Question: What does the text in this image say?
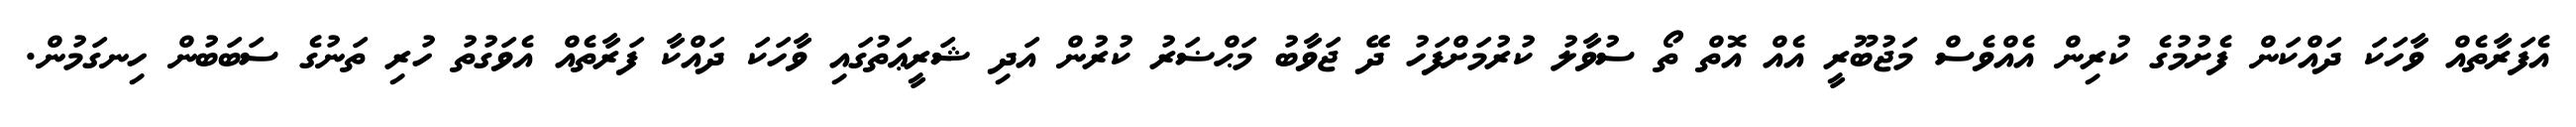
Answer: އެފަރާތެއް ވާހަކަ ދައްކަން ފެށުމުގެ ކުރިން އެއްވެސް މަޖުބޫރީ އެއް އޮތް ތޯ ސުވާލު ކުރުމަށްފަހު ދޭ ޖަވާބު މަޙްޟަރު ކުރުން އަދި ޝަރީޢަތުގައި ވާހަކަ ދައްކާ ފަރާތެއް އެވަގުތު ހުރި ތަނުގެ ސަބަބުން ހިނގަމުން.